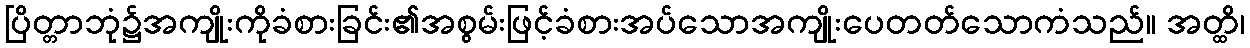
ပြိတ္တာဘုံ၌အကျိုးကိုခံစားခြင်း၏အစွမ်းဖြင့်ခံစားအပ်သောအကျိုးပေတတ်သောကံသည်။ အတ္ထိ၊